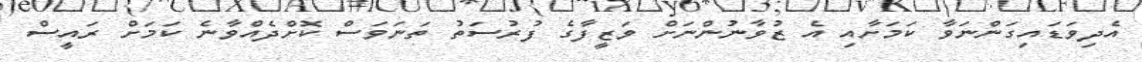
އެދިވަޑައިގަންނަވާ ކަމަށާއި އެ ޒުވާނުންނަށް ވަޒީފާގެ ފުރުސަތު ތަނަވަސް ކޮށްދެއްވާނެ ކަމަށް ރައީސް